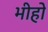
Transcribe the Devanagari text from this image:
भीहो